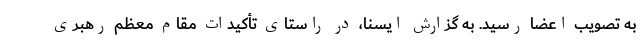
به تصویب اعضا رسید. به گزارش ایسنا، در راستای تأکیدات مقام معظم رهبری